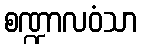
စဏ္ဍာလဝံသာ